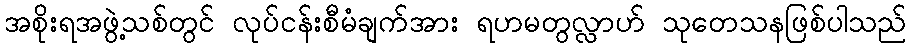
အစိုးရအဖွဲ့သစ်တွင် လုပ်ငန်းစီမံချက်အား ရဟမတွလ္လာဟ် သုတေသနဖြစ်ပါသည်